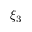
\xi _ { 3 }